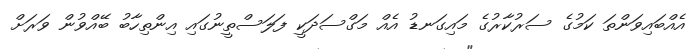
އެއްބައިވަންތަ ކަމުގެ ސަރުކާރުގެ މައިގަނޑު އެއް މަގްސަދަކީ ފަލަސްތީނުގައި އިންތިހާބު ބޭއްވުން ވަރަށް